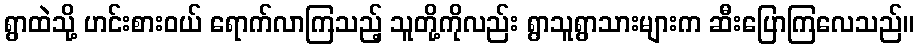
ရွာထဲသို့ ဟင်းစားဝယ် ရောက်လာကြသည့် သူတို့ကိုလည်း ရွာသူရွာသားများက ဆီးပြောကြလေသည်။